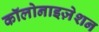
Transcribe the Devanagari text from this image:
कॉलोनाइज़ेशन